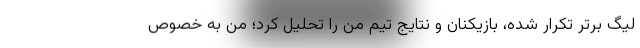
لیگ برتر تکرار شده، بازیکنان و نتایج تیم من را تحلیل کرد؛ من به خصوص